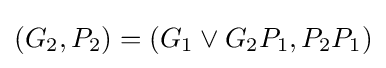
(G_{2},P_{2})=(G_{1}\lor G_{2}P_{1},P_{2}P_{1})